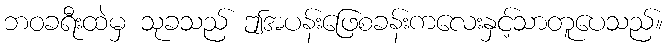
ဘဝခရီးထဲမှ သုခသည် ဤအပန်းဖြေစခန်းကလေးနှင့်သာတူပေသည်။